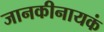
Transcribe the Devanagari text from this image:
जानकीनायकं